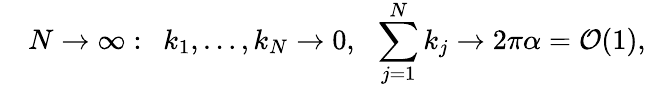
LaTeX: \quad N\to\infty:\ \ k_{1},\dots,k_{N}\to 0,\ \ \sum_{j=1}^{N}k_{j}\to 2\pi\alpha=\mathcal{O}(1),